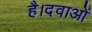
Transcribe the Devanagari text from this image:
है।दवाओं